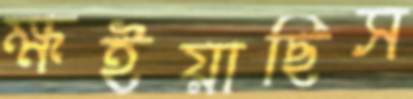
ক্ষইয়াছিস